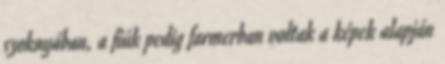
szoknyában, a fiúk pedig farmerban voltak a képek alapján